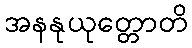
အနနုယုတ္တောတိ